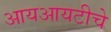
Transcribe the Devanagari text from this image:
आयआयटीचे